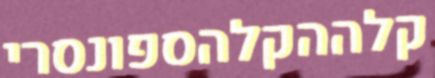
קלההקלהספונסרי